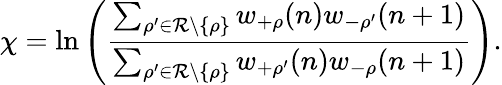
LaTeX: \chi=\ln\left(\frac{\sum_{\rho^{\prime}\in\mathcal{R}\setminus\{ \rho\} }w_{+\rho}(n)w_{-\rho^{\prime}}(n+1)}{\sum_{\rho^{\prime}\in\mathcal{R}\setminus\{ \rho\} }w_{+\rho^{\prime}}(n)w_{-\rho}(n+1)}\right).